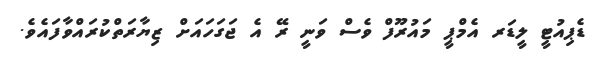
ޑެޕިއުޓީ ލީޑަރ އެމްޕީ މައުރޫފް ވެސް ވަނީ ރޭ އެ ޖަގަހައަށް ޒިޔާރަތްކުރައްވާފައެވެ.